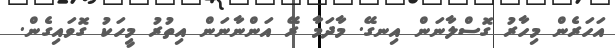
އަހަރެން މިހާރު ގޮސްލާނަން އިނގޭ. މާދަމާ ރޭ އަންނާނަން އިތުރު މީހަކު ގޮވައިގެން.